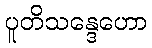
ပူတိသန္ဒေဟော